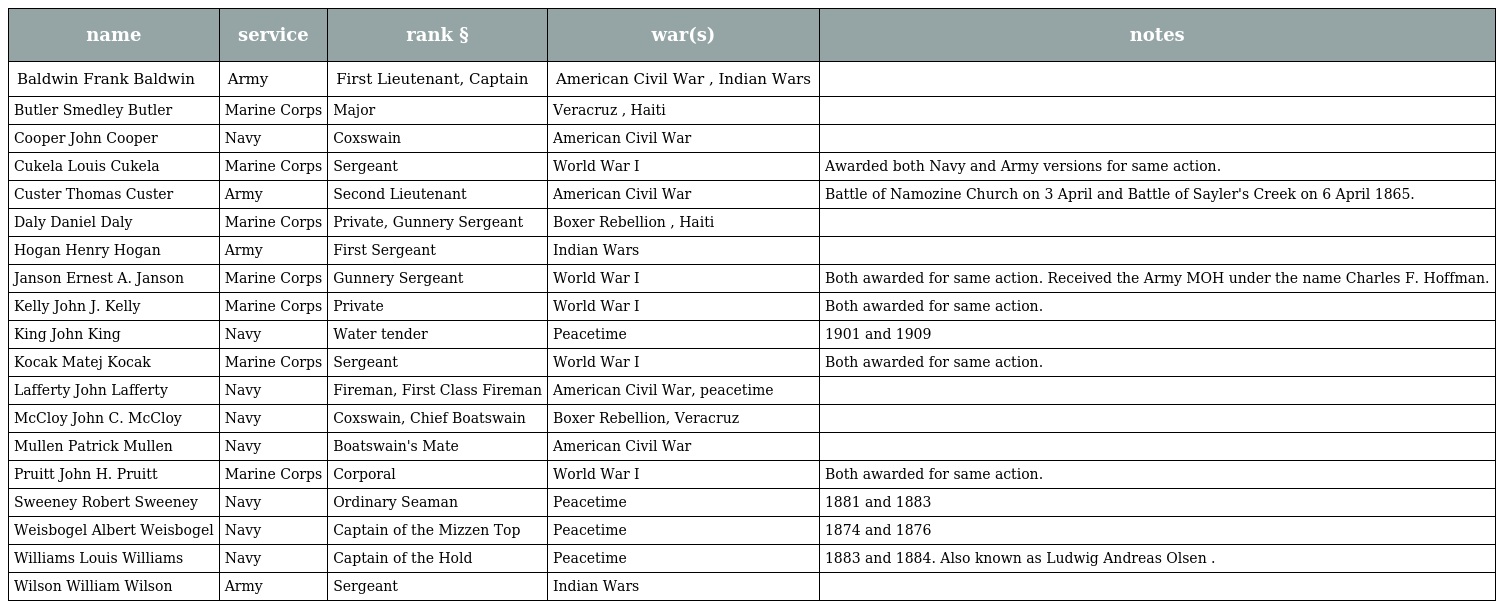
| name | service | rank § | war(s) | notes |
 | --- | --- | --- | --- | --- |
 | Baldwin Frank Baldwin | Army | First Lieutenant, Captain | American Civil War , Indian Wars |  |
 | Butler Smedley Butler | Marine Corps | Major | Veracruz , Haiti |  |
 | Cooper John Cooper | Navy | Coxswain | American Civil War |  |
 | Cukela Louis Cukela | Marine Corps | Sergeant | World War I | Awarded both Navy and Army versions for same action. |
 | Custer Thomas Custer | Army | Second Lieutenant | American Civil War | Battle of Namozine Church on 3 April and Battle of Sayler's Creek on 6 April 1865. |
 | Daly Daniel Daly | Marine Corps | Private, Gunnery Sergeant | Boxer Rebellion , Haiti |  |
 | Hogan Henry Hogan | Army | First Sergeant | Indian Wars |  |
 | Janson Ernest A. Janson | Marine Corps | Gunnery Sergeant | World War I | Both awarded for same action. Received the Army MOH under the name Charles F. Hoffman. |
 | Kelly John J. Kelly | Marine Corps | Private | World War I | Both awarded for same action. |
 | King John King | Navy | Water tender | Peacetime | 1901 and 1909 |
 | Kocak Matej Kocak | Marine Corps | Sergeant | World War I | Both awarded for same action. |
 | Lafferty John Lafferty | Navy | Fireman, First Class Fireman | American Civil War, peacetime |  |
 | McCloy John C. McCloy | Navy | Coxswain, Chief Boatswain | Boxer Rebellion, Veracruz |  |
 | Mullen Patrick Mullen | Navy | Boatswain's Mate | American Civil War |  |
 | Pruitt John H. Pruitt | Marine Corps | Corporal | World War I | Both awarded for same action. |
 | Sweeney Robert Sweeney | Navy | Ordinary Seaman | Peacetime | 1881 and 1883 |
 | Weisbogel Albert Weisbogel | Navy | Captain of the Mizzen Top | Peacetime | 1874 and 1876 |
 | Williams Louis Williams | Navy | Captain of the Hold | Peacetime | 1883 and 1884. Also known as Ludwig Andreas Olsen . |
 | Wilson William Wilson | Army | Sergeant | Indian Wars |  |